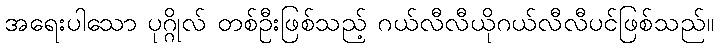
အရေးပါသော ပုဂ္ဂိုလ် တစ်ဦးဖြစ်သည့် ဂယ်လီလီယိုဂယ်လီလီပင်ဖြစ်သည်။